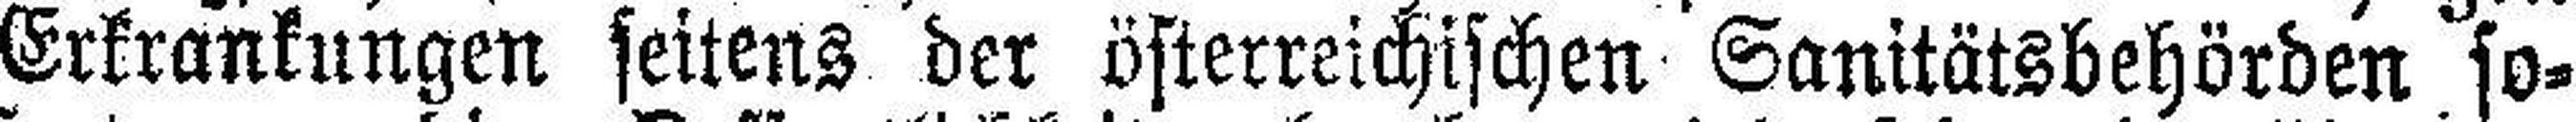
Erkrankungen seitens der österreichischen Sanitätsbehörden so¬